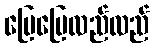
ပြေပြေလည်လည်